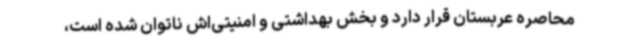
محاصره عربستان قرار دارد و بخش بهداشتی و امنیتی‌اش ناتوان شده است،